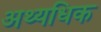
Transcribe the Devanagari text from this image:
अथ्यधिक